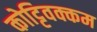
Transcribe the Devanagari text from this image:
कोट्टिवक्कम